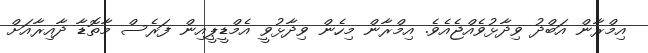
އިމްރާން އަބްދު ވިދާޅުވެއްޖެއެވެ. އިމްރާން މިހެން ވިދާޅުވީ އެމްޑީޕީއިން ފަރެސް މާތޮޑާ ދާއިރާއަށް